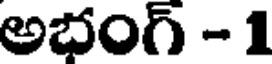
అభంగ్ - 1